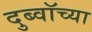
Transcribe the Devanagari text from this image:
दुब्वॉच्या